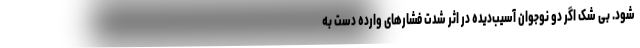
شود. بی شک اگر دو نوجوان آسیب‌دیده در اثر شدت فشارهای وارده دست به